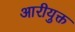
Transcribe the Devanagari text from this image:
आरीयुक्त